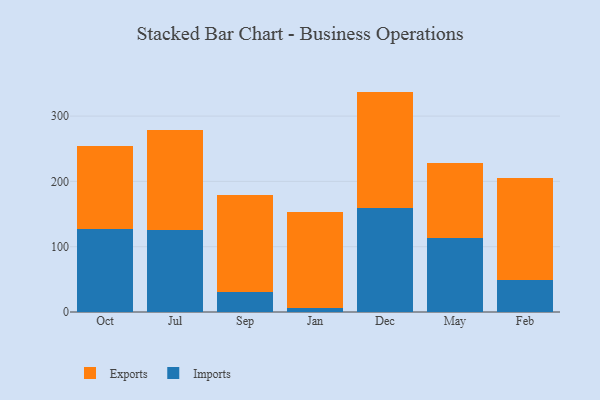
{"axis": {"x": "Month", "y": "Inventory Turnover"}, "legend": ["Exports", "Imports"], "data": [{"x": "Oct", "y": 127.7, "type": "Imports"}, {"x": "Oct", "y": 126.4, "type": "Exports"}, {"x": "Jul", "y": 125.7, "type": "Imports"}, {"x": "Jul", "y": 153.6, "type": "Exports"}, {"x": "Sep", "y": 31.2, "type": "Imports"}, {"x": "Sep", "y": 147.4, "type": "Exports"}, {"x": "Jan", "y": 5.8, "type": "Imports"}, {"x": "Jan", "y": 146.8, "type": "Exports"}, {"x": "Dec", "y": 159.8, "type": "Imports"}, {"x": "Dec", "y": 177.7, "type": "Exports"}, {"x": "May", "y": 113.8, "type": "Imports"}, {"x": "May", "y": 114.7, "type": "Exports"}, {"x": "Feb", "y": 49.6, "type": "Imports"}, {"x": "Feb", "y": 156.0, "type": "Exports"}]}